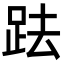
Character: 䟩